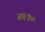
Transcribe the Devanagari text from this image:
४६९०